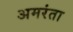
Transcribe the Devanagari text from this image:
अमरंता